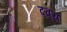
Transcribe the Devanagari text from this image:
दवरा